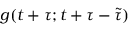
g ( t + \tau ; t + \tau - \tilde { \tau } )